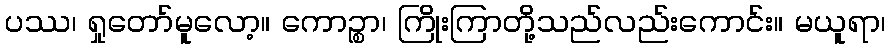
ပဿ၊ ရှုတော်မူလော့။ ကောဉ္စာ၊ ကြိုးကြာတို့သည်လည်းကောင်း။ မယူရာ၊